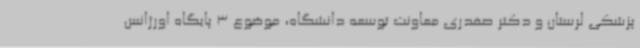
پزشکی لرستان و دکتر صفدری معاونت توسعه دانشگاه، موضوع 3 پایگاه اورژانس